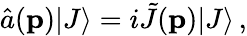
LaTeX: \hat{a}({\mathbf p})|J\rangle=i\tilde{J}({\mathbf p})|J\rangle\, ,